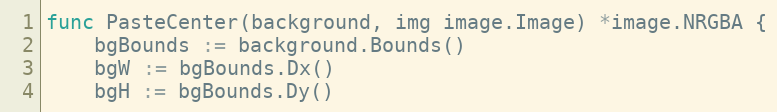
Language: Go
func PasteCenter(background, img image.Image) *image.NRGBA {
	bgBounds := background.Bounds()
	bgW := bgBounds.Dx()
	bgH := bgBounds.Dy()